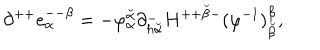
\partial ^ { + + } e _ { \alpha } ^ { -- \beta } = - \varphi _ { \alpha } ^ { \breve { \alpha } } \partial _ { h { \breve { \alpha } } } ^ { - } H ^ { + + { \breve { \beta } } - } ( \varphi ^ { - 1 } ) _ { \breve { \beta } } ^ { \beta } ,